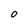
Character: 0